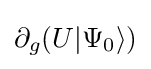
\partial _{g}(U|\Psi _{0}\rangle )